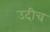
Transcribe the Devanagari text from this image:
उदीच